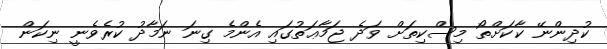
ކުދިންނޭ ކާކަށްތޯ މިސްކިތަށް ވަދެ ޖަމާޢަތުގައި އެންމެ ގިނަ ނަމާދު ކުރެވެނީ ނިކަން